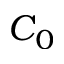
C _ { 0 }